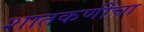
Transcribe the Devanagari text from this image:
शातकर्णीचा